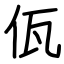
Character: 佤